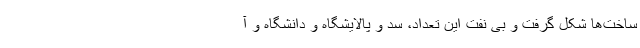
ساخت‌ها شکل گرفت و بی نفت این تعداد، سد و پالایشگاه و دانشگاه و آ